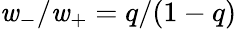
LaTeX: \mathit{w}_{-}/\mathit{w}_{+}=q/(1-q)